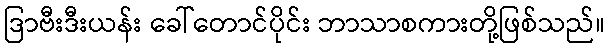
ဒြာဗီးဒီးယန်း ခေါ်တောင်ပိုင်း ဘာသာစကားတို့ဖြစ်သည်။